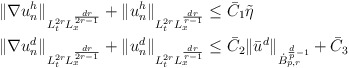
\begin{align*}\begin{aligned}& \| \nabla u_n^h \|_{L^{2r}_t L^{ \frac{dr}{2r-1}}_x}+ \| u_n^h \|_{L^{2r}_t L^{\frac{dr}{r-1}}_x} \leq \bar{C}_1\tilde{\eta}\\&\|\nabla u_n^d\|_{L^{2r}_t L^{\frac{dr}{2r-1}}_x} + \| u_n^d \|_{L^{2r}_t L^{\frac{dr}{r-1}}_x} \leq \bar{C}_2\| \bar{u}^d \|_{\dot{B}_{p,r}^{\frac{d}{p}-1}} + \bar{C}_3\end{aligned}\end{align*}